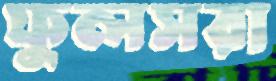
ফুলসরা